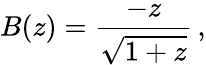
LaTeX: B(z)={\frac{-z}{\sqrt{1+z}}}\, ,